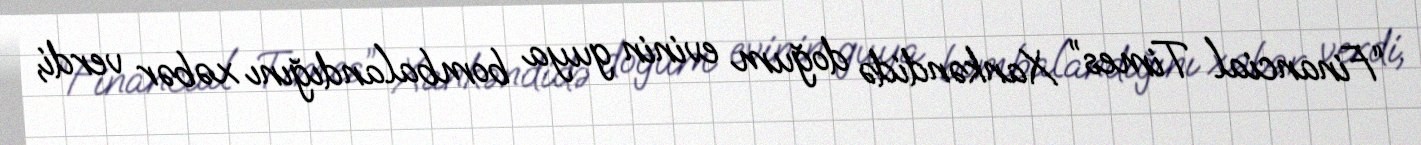
“Financial Times” Xankəndidə doğum evinin guya bombalandığını xəbər verdi,